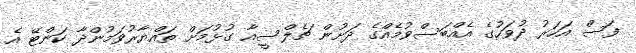
ފަސް އަހަރު ދުވަހުގެ އެއްބަސްވުމެއްގެ ދަށުން ޗެލްސީއާ ގުޅުމަށް ތައްޔާރުވަމުންދާ ކަންޓޭ އެ